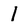
Character: l